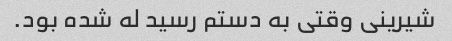
شیرینی وقتی به دستم رسید له شده بود.